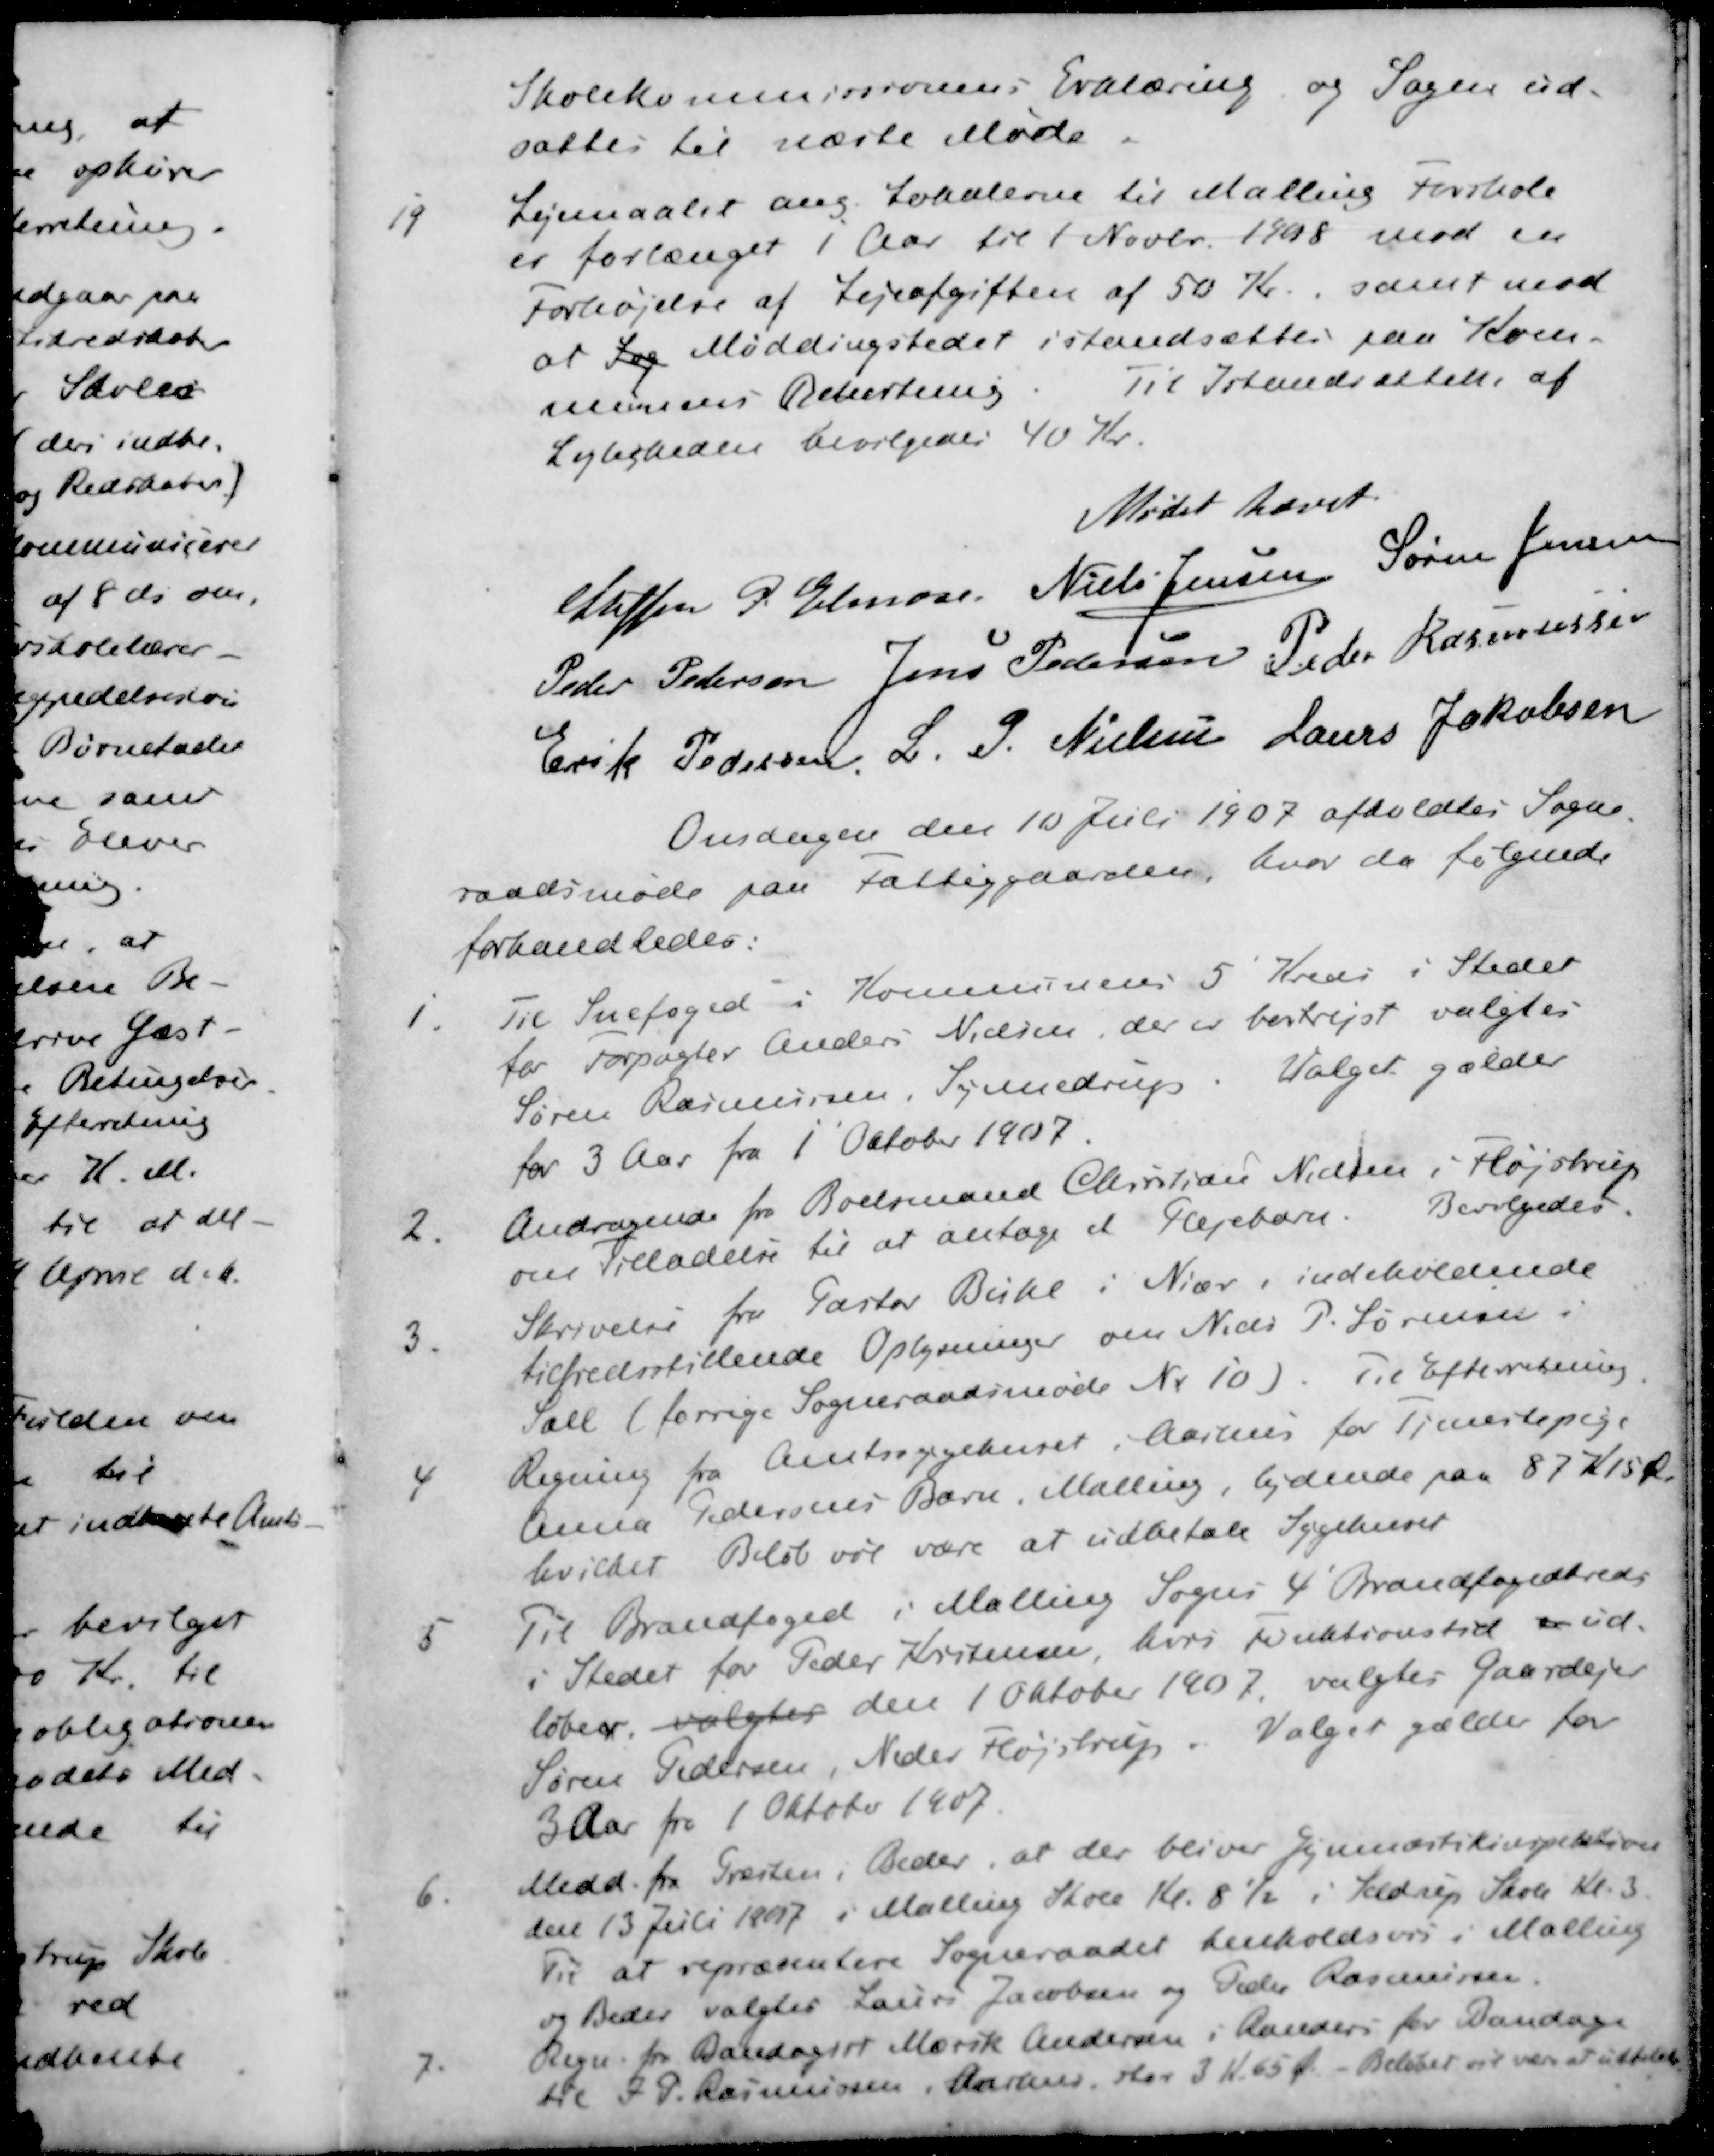
Transskription:
Skolekommissionens Erklæring og Sagen ud-
sattes til næste Møde.
19 Lejemaalet ang. Lokalerne til Malling Forskole
er forlænget i Aar til 1 Novbr. 1908 mod en
Forhøjelse af Lejeafgiften af 50 Kr., samt mod
at Sog Møddingstedet istandsættes paa Kom-
munens Bekostning
Til Istandsættelse af
Lejligheden bevilgedes 40 Kr.
Mødet hævet
Steffen P. Elmose
Niels Jensen
Søren Jensen
Peder Pedersen
Jens Pedersen
Peder Rasmussen
Erik Pedersen
L. P. Nielsen
Laurs Jakobsen
Onsdagen den 10 Juli 1907 afholdtes Sogne-
raadsmøde paa Fattiggaarden, hvor da følgende
forhandledes:
1. Til Snefoged i Kommunens 5' Kreds i Stedet
for Forpagter Anders Nielsen, der er bortrejst valgtes
Søren Rasmussen, Synnedrup. Valget gælder
for 3 Aar fra 1' Oktober 1907.
2. Andragende fra Boelsmand Christian Nielsen i Fløjstrup
om Tilladelse til at antage et Plejebarn. Bevilgedes.
3. Skrivelse fra Pastor Buhl i Niær, indeholdende
tilfredsstillende Oplysninger om Niels P. Sørensen
Sall (forrige Sogneraadsmøde Nr. 10). Til Efterretning
4. Regning fra Amtssygehuset, Aarhus for Tjenestepige
Anna Pedersens Barn, Malling, lydende paa 87 Kr 15 Øre
hvilket Beløb vil være at udbetale Sygehuset
5. Til Brandfoged i Malling Sogns 4' Brandfogedkreds
i Stedet for Peder Kristensen, hvis Funktionstid er ud-
løber, valgtes den 1 Oktober 1907 valgtes Gaardejer
Søren Pedersen, Neder Fløjstrup. Valget gælder for
3 Aar fra 1 Oktober 1907.
6. Medd. fra Præsten i Beder, at der bliver Gymnastikinspektion
den 13 Juli 1907 i Malling Skole Kl. 8½ i Seldrup Skole Kl. 3.
Til at repræsentere Sogneraadet henholdsvis i Malling
og Beder valgtes Laurs Jacobsen og Peder Rasmussen
7. Regn. for Bandagist Mærsk Andersen i Randers for Bandage
til J. P. Rasmussen, Aarhus stor 3 Kr 65 Ø. - Beløbet vil være at udbetale